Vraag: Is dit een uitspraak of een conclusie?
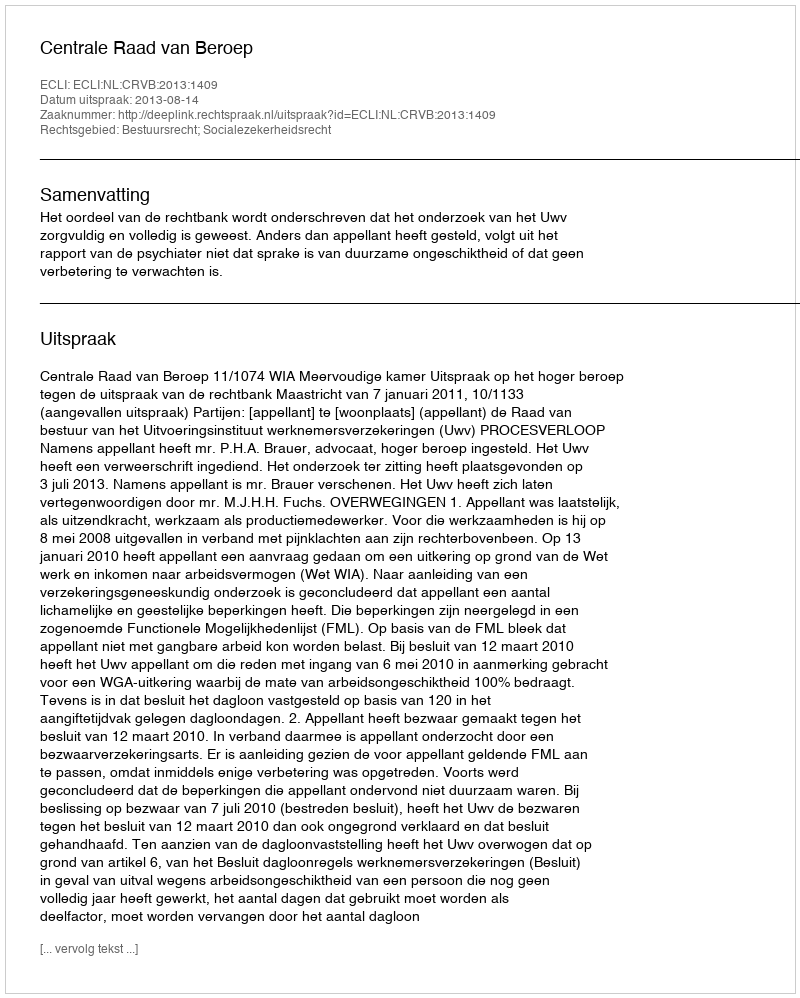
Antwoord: Uitspraak